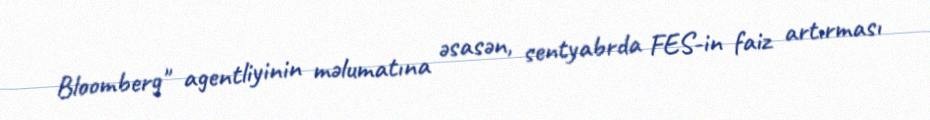
Bloomberg" agentliyinin məlumatına əsasən, sentyabrda FES-in faiz artırması